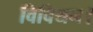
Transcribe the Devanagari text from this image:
विवियन।